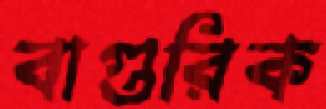
বাগুরিক